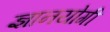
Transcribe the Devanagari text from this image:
ज्ञानयोगी